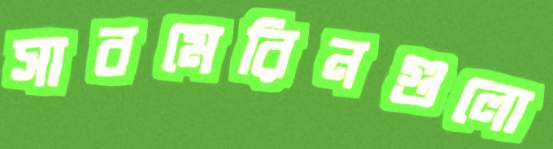
সাবমেরিনগুলো